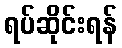
ရပ်ဆိုင်းရန်